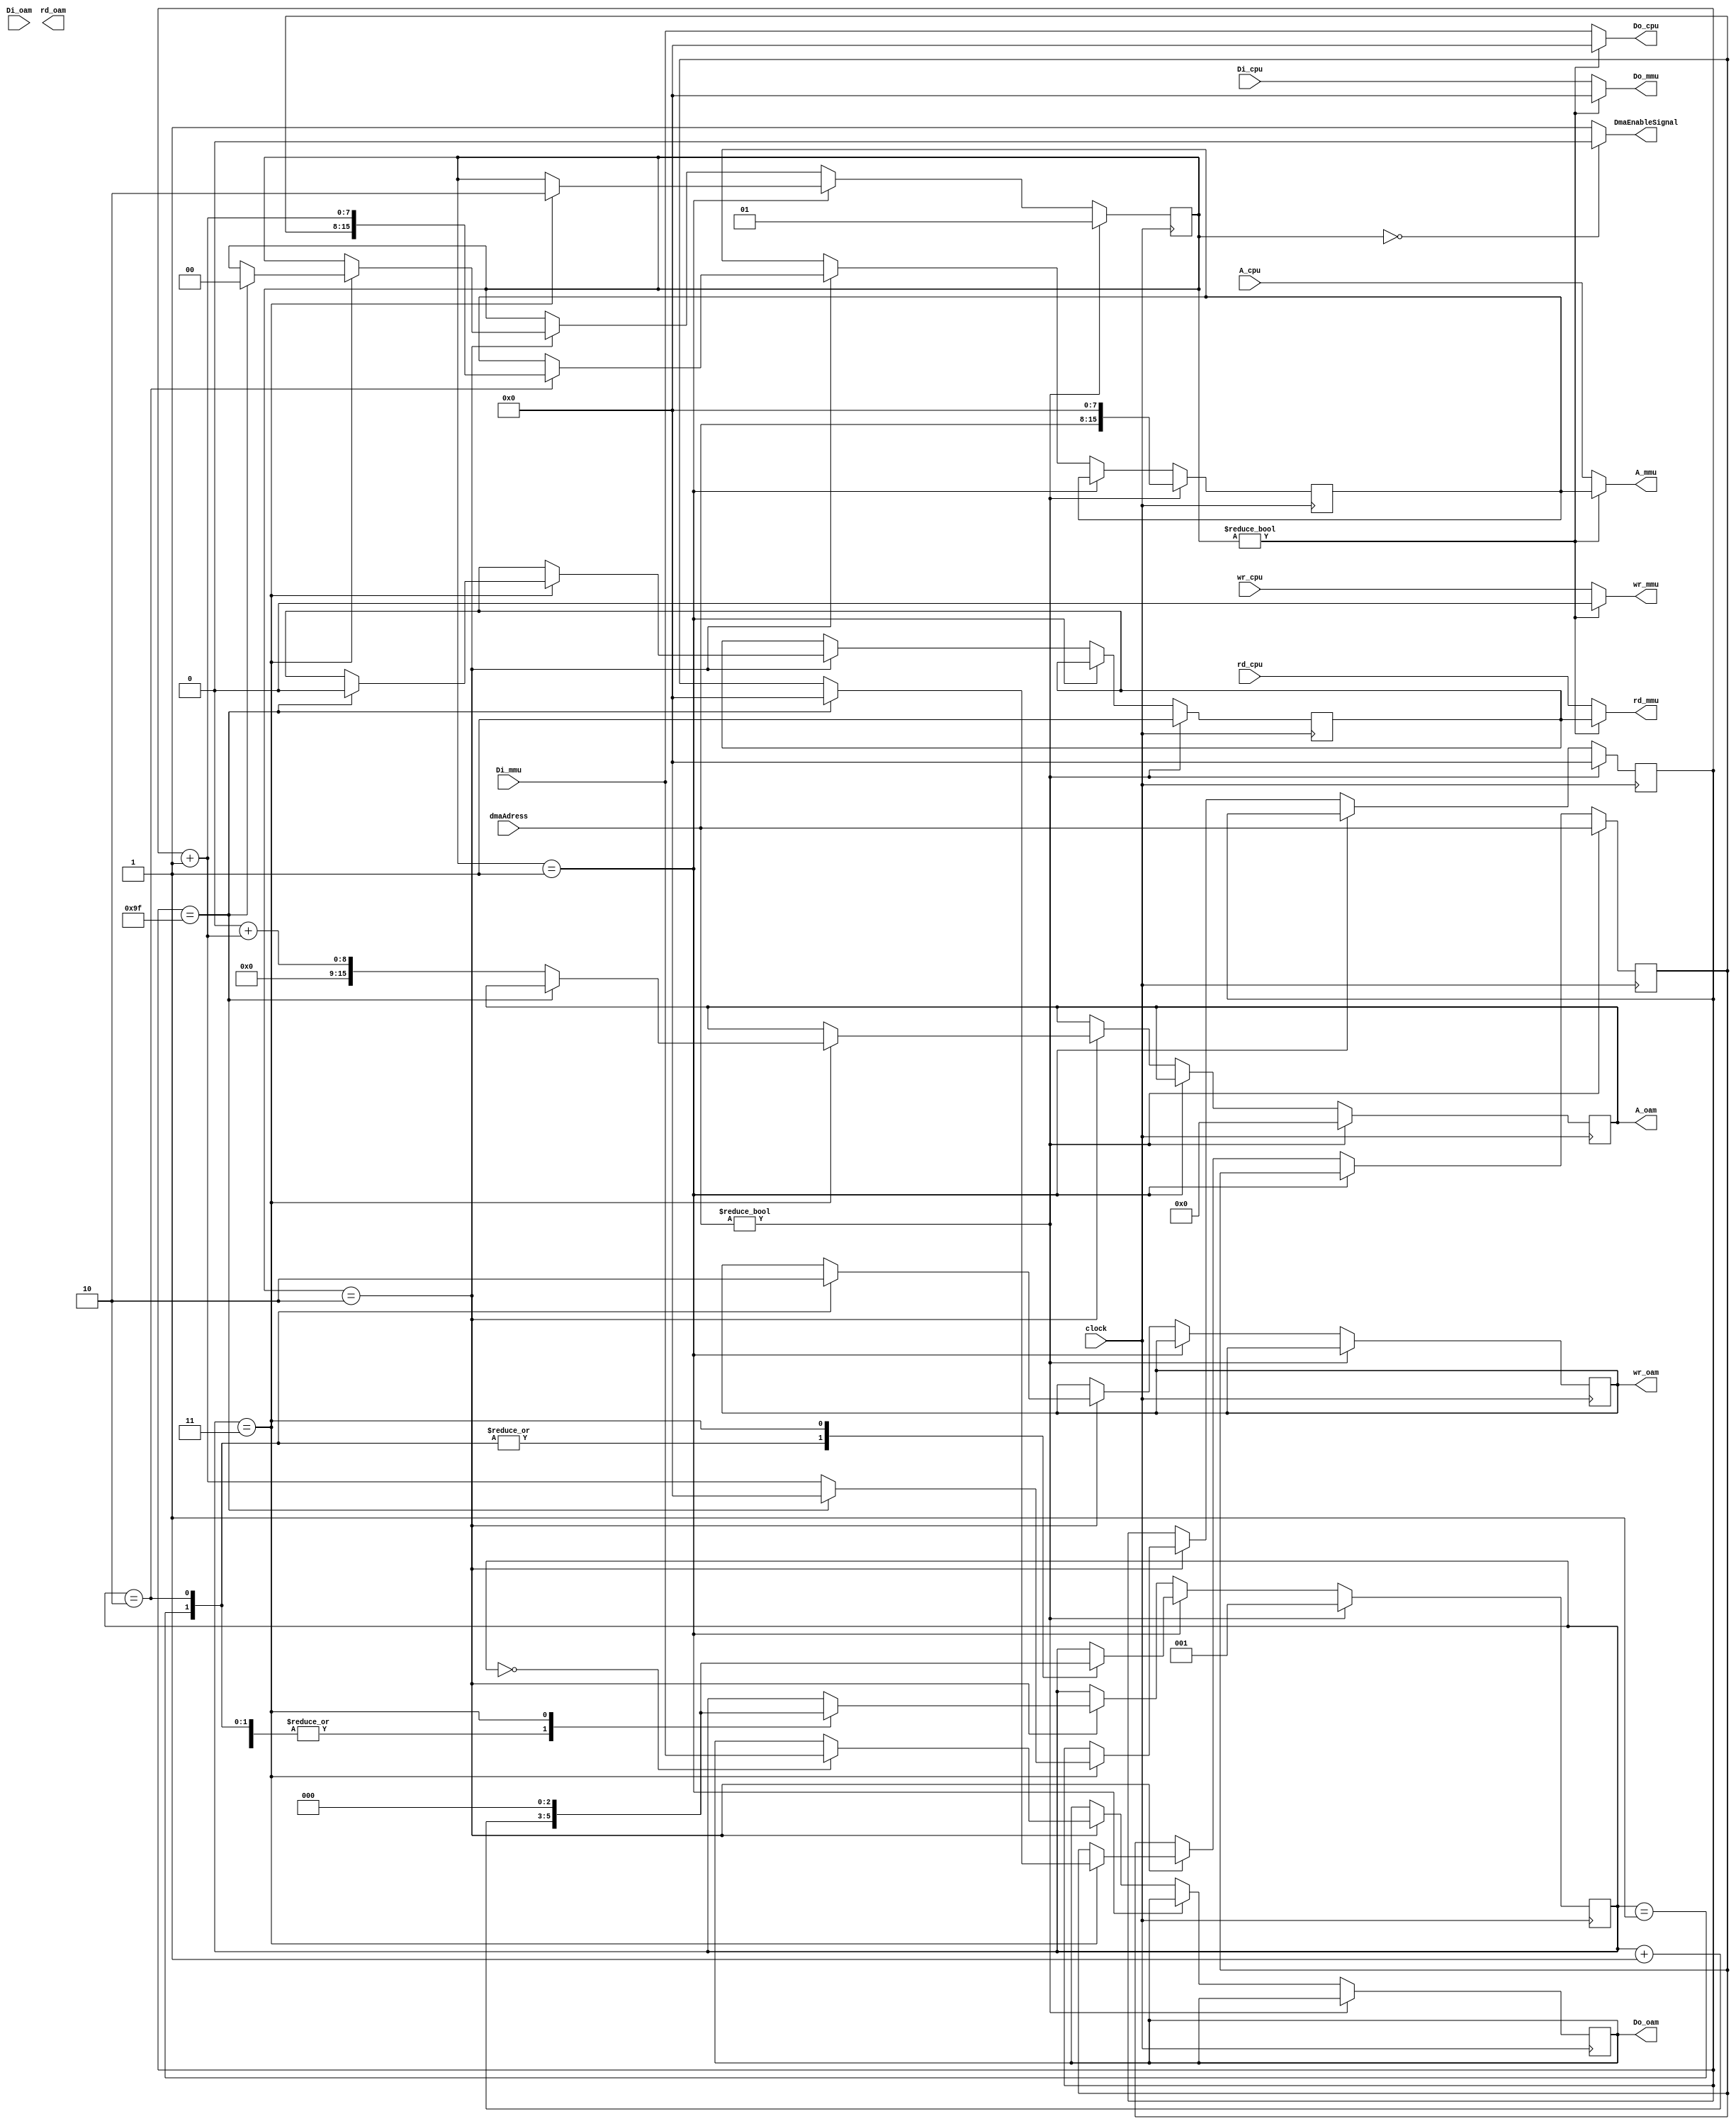
module dma(

   input [7:0] dmaAdress,
   input clock,
   
   output DmaEnableSignal,
   
   input [15:0] A_cpu,
   input [7:0] Di_cpu,
   output [7:0] Do_cpu,
   input wr_cpu,
   input rd_cpu,
   
   output reg [15:0] A_oam,
   output reg [7:0] Do_oam,
   input [7:0] Di_oam,
   output reg wr_oam,
   output reg rd_oam,
   
   output [15:0] A_mmu,
   output [7:0] Do_mmu,
   input [7:0] Di_mmu,
   output wr_mmu,
   output rd_mmu

);
   reg   [2:0]    CurrentTCycle = 3'd0;
   reg   [7:0]    DmaCounter = 8'b0;
   reg   [7:0]    CurrentDMAAdress = 8'b0;

   reg [1:0] DmaState = 2'b00; //00 wait for dma transfert, 01 init dma transfert, 10 dma transfert in progress

   reg [15:0] A_dma = 16'b0;
   reg [7:0] Do_dma = 8'b0;
   reg wr_dma = 1'b0;
   reg rd_dma = 1'b0;

   assign DmaEnableSignal = DmaState == 2'b00 ? 1'b0 : 1'b1;
   
   assign A_mmu = DmaState ?  A_dma : A_cpu;
   assign Do_mmu = DmaState ?  Do_dma : Di_cpu;
   assign wr_mmu = DmaState ?  wr_dma : wr_cpu;
   assign rd_mmu = DmaState ?  rd_dma : rd_cpu;

   assign Do_cpu = DmaState ? 8'b0 : Di_mmu;


   always @(posedge clock) begin

      if(dmaAdress != 8'b0) begin
         DmaState <= 2'b01;
         A_dma <= {dmaAdress, 8'b0};
         rd_dma <= 1'b1;
         DmaCounter <= 8'b0;
         CurrentTCycle <= 3'd1;
         A_oam <= 16'h0000;
         CurrentDMAAdress <= dmaAdress;
         
      end
      else
      if(DmaState == 2'b01) begin
         case(CurrentTCycle)
            3'd1: begin
                     CurrentTCycle <= CurrentTCycle + 3'd1;
                  end
            3'd2: begin
                     CurrentTCycle <= CurrentTCycle + 3'd1;

                  end
            3'd3: begin
                     CurrentTCycle <= 3'd0;
                     DmaState <= 2'b10;
                  end

         endcase
      end
      else
      if(DmaState == 2'b10) begin
         case(CurrentTCycle)
            3'd0: begin
                     Do_oam <= Di_mmu;
                     CurrentTCycle <= CurrentTCycle + 3'd1;
                  end
            3'd1: begin
                     wr_oam <= 1'b1;
                     //rd_dma <= 1'b0;
                     CurrentTCycle <= CurrentTCycle + 3'd1;
                  end
            3'd2: begin
                     wr_oam <= 1'b0;
                     A_dma <=  {CurrentDMAAdress, DmaCounter + 1'b1};
                     //rd_dma <= 1'b1;
                     CurrentTCycle <= CurrentTCycle + 3'd1;
                  end
            3'd3: begin
                     CurrentTCycle <= 3'd0;

                     if(DmaCounter == 8'd159)
                        begin
                           DmaCounter <= 8'd0;
                           DmaState <= 2'b00;
                           rd_dma <= 1'b0;
                           CurrentDMAAdress <= 8'b0;
                           
                        end
                        else begin
                           A_oam <= 16'h0000 + {8'b0, DmaCounter + 1'b1};
                           DmaCounter <= DmaCounter + 1'b1;
                        end
                  end

         endcase
      end

   end


endmodule